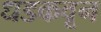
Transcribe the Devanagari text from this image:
धडकवून